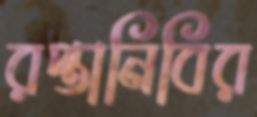
রপ্তানিবির